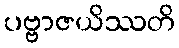
ပဗ္ဗာဇယိဿတိ